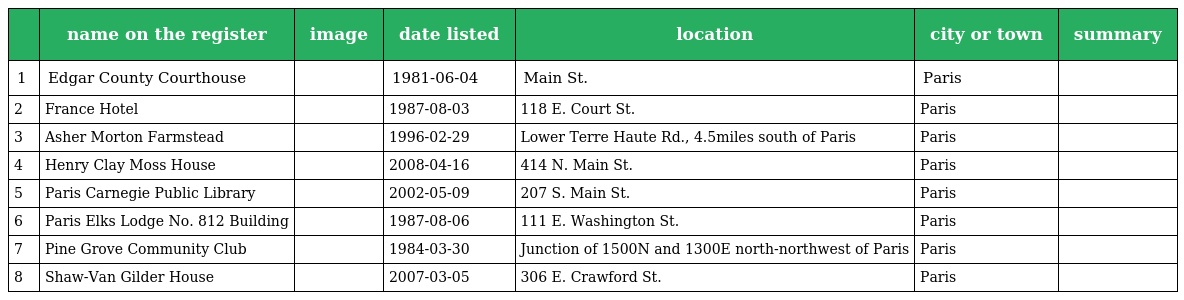
|  | name on the register | image | date listed | location | city or town | summary |
 | --- | --- | --- | --- | --- | --- | --- |
 | 1 | Edgar County Courthouse |  | 1981-06-04 | Main St. | Paris |  |
 | 2 | France Hotel |  | 1987-08-03 | 118 E. Court St. | Paris |  |
 | 3 | Asher Morton Farmstead |  | 1996-02-29 | Lower Terre Haute Rd., 4.5miles south of Paris | Paris |  |
 | 4 | Henry Clay Moss House |  | 2008-04-16 | 414 N. Main St. | Paris |  |
 | 5 | Paris Carnegie Public Library |  | 2002-05-09 | 207 S. Main St. | Paris |  |
 | 6 | Paris Elks Lodge No. 812 Building |  | 1987-08-06 | 111 E. Washington St. | Paris |  |
 | 7 | Pine Grove Community Club |  | 1984-03-30 | Junction of 1500N and 1300E north-northwest of Paris | Paris |  |
 | 8 | Shaw-Van Gilder House |  | 2007-03-05 | 306 E. Crawford St. | Paris |  |